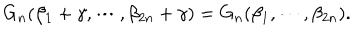
LaTeX: G _ { n } ( \beta _ { 1 } + \gamma , \cdots , \beta _ { 2 n } + \gamma ) = G _ { n } ( \beta _ { 1 } , \cdots , \beta _ { 2 n } ) .